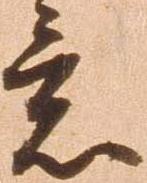
意